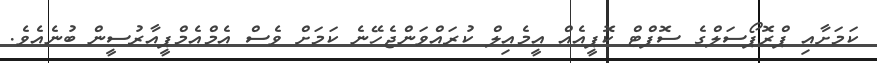
ކަމަށާއި ޕްރޮޕޯސަލްގެ ސޮފްޓް ކޮޕީއެއް އީމެއިލް ކުރައްވަންޖެހޭނެ ކަމަށް ވެސް އެމްއެމްޕީއާރުސީން ބުނެއެވެ.